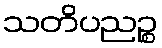
သတိပညဉ္စ